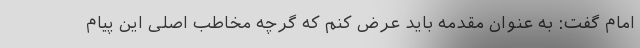
امام گفت: به عنوان مقدمه باید عرض کنم که گرچه مخاطب اصلی این پیام